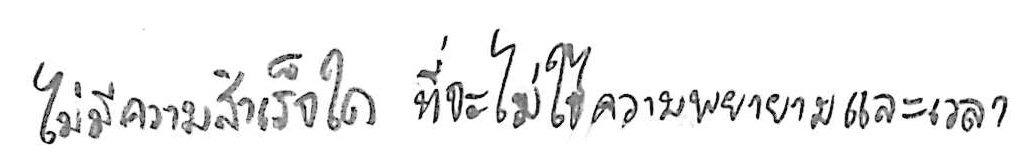
ไม่มีความสำเร็จใด ที่จะไม่ใช้ความพยายามและเวลา